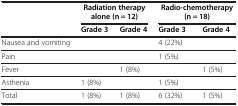
|  | <COLSPAN=2> Radiation therapy alone (n = 12) | <COLSPAN=2> Radio-chemotherapy (n = 18) |
 |  | Grade 3 | Grade 4 | Grade 3 | Grade 4 |
 | --- | --- | --- | --- | --- |
 | Nausea and vomiting |  |  | 4 (22%) |  |
 | Pain |  |  | 1 (5%) |  |
 | Fever |  | 1 (8%) |  | 1 (5%) |
 | Asthenia | 1 (8%) |  | 1 (5%) |  |
 | Total | 1 (8%) | 1 (8%) | 6 (32%) | 1 (5%) |